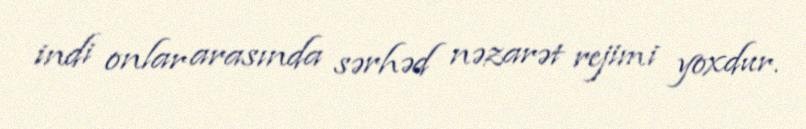
indi onlar arasında sərhəd nəzarət rejimi yoxdur.